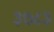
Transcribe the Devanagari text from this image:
३७८३